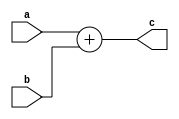
module SD_add_4_bit (a,b,c);
  input [3:0]a,b;
  output [3:0]c;
  
  assign c=a+b;
  
endmodule